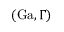
( \mathrm { G a } , \Gamma )